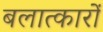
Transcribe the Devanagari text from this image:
बलात्कारों